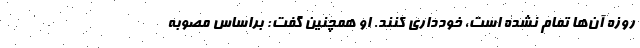
روزه آن‌ها تمام نشده است، خودداری کنند. او همچنین گفت: براساس مصوبه